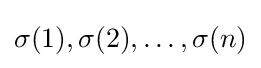
\sigma (1),\sigma (2),\ldots ,\sigma (n)